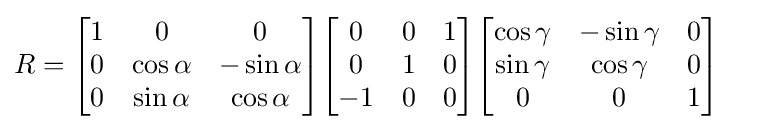
{\begin{aligned}R&={\begin{bmatrix}1&0&0\\0&\cos \alpha &-\sin \alpha \\0&\sin \alpha &\cos \alpha \end{bmatrix}}{\begin{bmatrix}0&0&1\\0&1&0\\-1&0&0\end{bmatrix}}{\begin{bmatrix}\cos \gamma &-\sin \gamma &0\\\sin \gamma &\cos \gamma &0\\0&0&1\end{bmatrix}}\end{aligned}}